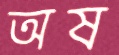
অষ